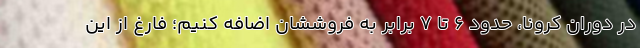
در دوران کرونا، حدود ۶ تا ۷ برابر به فروششان اضافه کنیم؛ فارغ از این